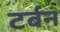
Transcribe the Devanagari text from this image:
टर्बन